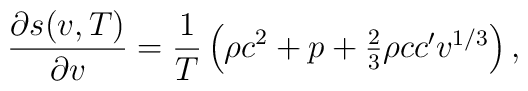
{{\partial s(v,T)}\over{\partial v}}={1\over T}\left(\rho c^2+p+\textstyle{2\over 3}\rho cc^{\prime}v^{1/3}\right),